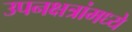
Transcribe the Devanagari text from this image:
उपनक्षत्रांमध्ये